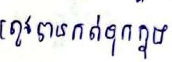
ត្រូវបានកត់ទុកក្នុង